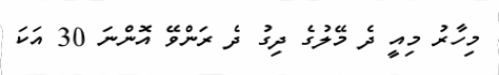
މިހާރު މިއީ ދެ މޭލުގެ ދިގު ދެ ރަންވޭ އޮންނަ 30 އަކަ